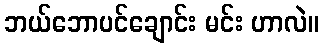
ဘယ်ဘောပင်ချောင်း မင်း ဟာလဲ။